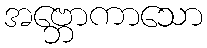
အဗ္ဘောကာသော